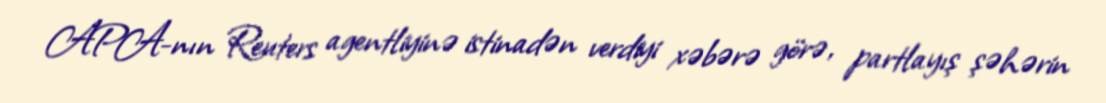
APA-nın Reuters agentliyinə istinadən verdiyi xəbərə görə, partlayış şəhərin